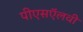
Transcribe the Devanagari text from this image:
पीएसऍलवी